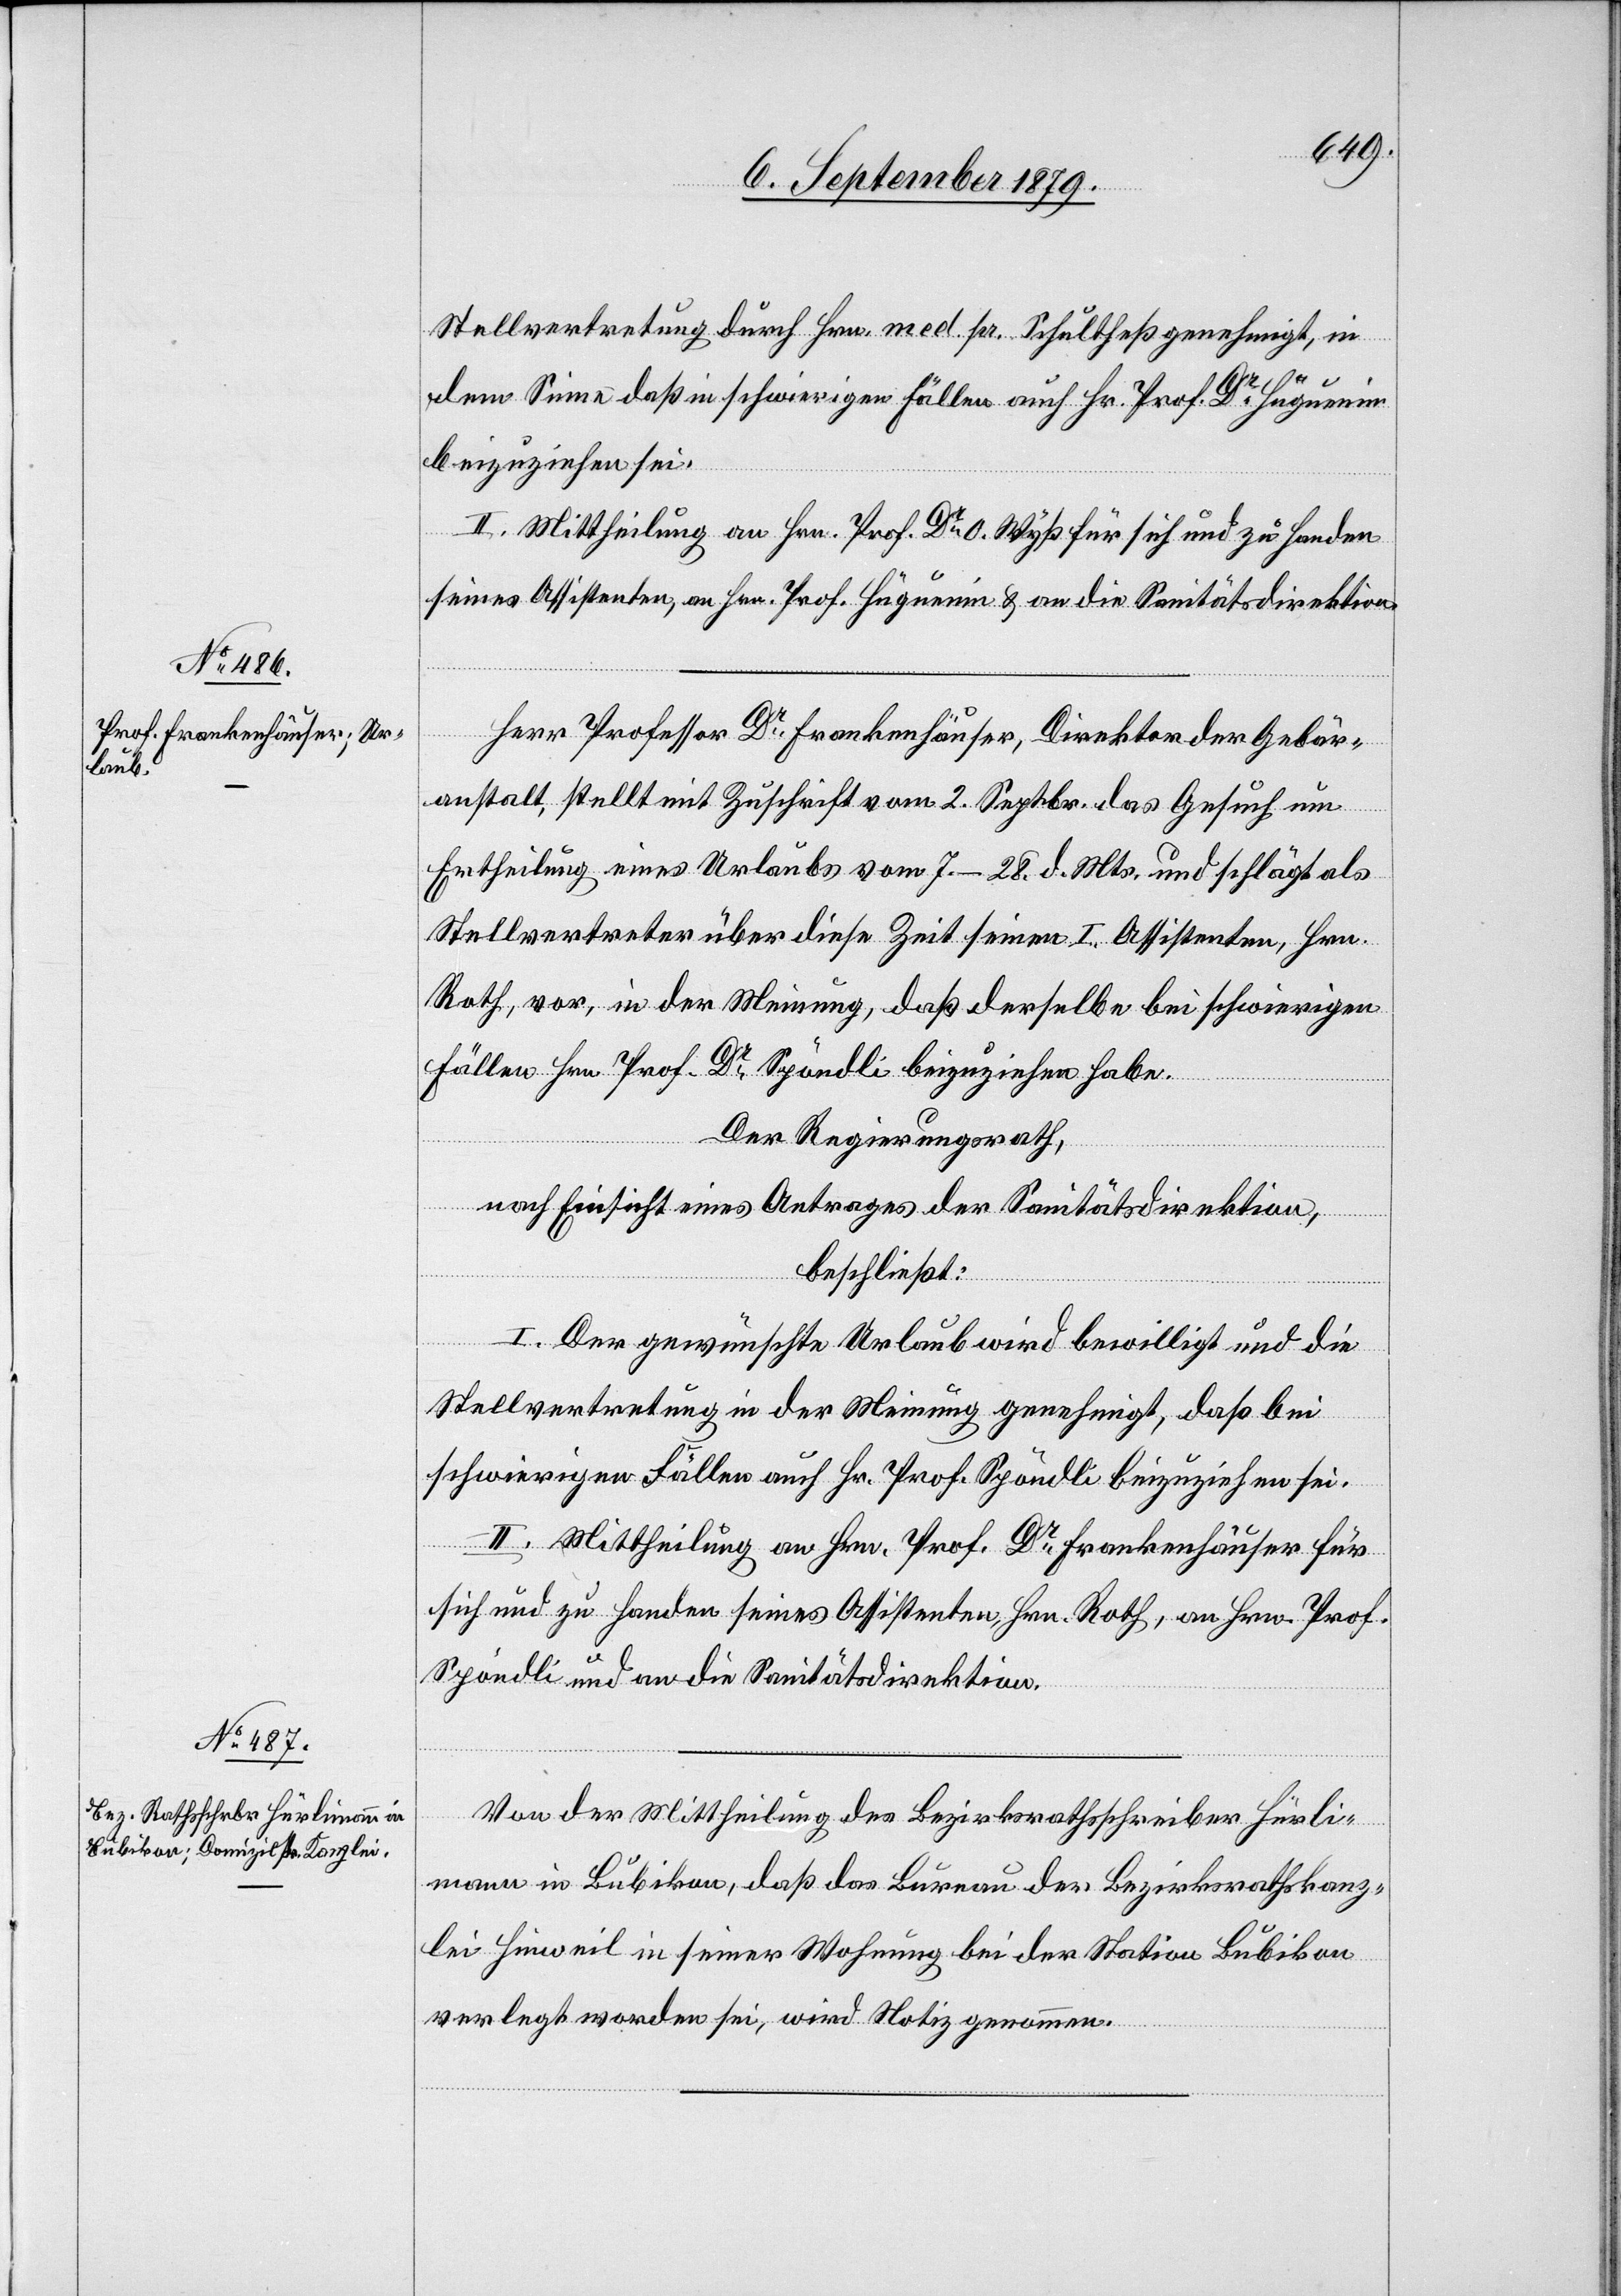
Stellvertretung durch Hrn. med. pr. Schultheß genehmigt, in
dem Sinne daß in schwierigen Fällen auch Hr. Prof. Dr Hüguenin
beizuziehen sei.
II. Mittheilung an Hrn. Prof. Dr O. Wyß für sich und zu Handen
seines Assistenten, an Hrn. Prof. Hüguenin & an die Sanitätsdirektion.
Herr Professor Dr Frankenhäuser, Direktor der Gebär¬
anstalt, stellt mit Zuschrift vom 2. Septbr. das Gesuch um
Ertheilung eines Urlaubs vom 7.–28. d. Mts. und schlägt als
Stellvertreter über diese Zeit seinen I. Assistenten, Hrn.
Rath, vor, in der Meinung, daß derselbe bei schwierigen
Fällen Hrn. Prof. Dr Spöndli beizuziehen habe.
Der Regierungsrath,
nach Einsicht eines Antrages der Sanitätsdirektion,
beschließt:
I. Der gewünschte Urlaub wird bewilligt und die
Stellvertretung in der Meinung genehmigt, daß bei
schwierigen Fällen auch Hr. Prof. Spöndli beizuziehen sei.
II. Mittheilung an Hrn. Prof. Dr Frankenhäuser für
sich und zu Handen seines Assistenten Hrn. Roth, an Hrn. Prof.
Spöndli und an die Sanitätsdirektion.
Von der Mittheilung des Bezirksrathsschreiber Hürli¬
mann in Bubikon, daß das Bureau der Bezirksrathskanz¬
lei Hinweil in seiner Wohnung bei der Station Bubikon
verlegt worden sei, wird Notiz genommen.